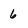
Character: 6